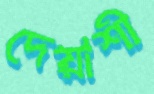
দেয়াশী